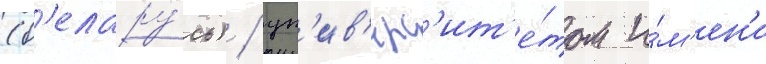
(б'елару́сь) / ун'ив'ерс'ит'е́том и́м'ен'и